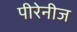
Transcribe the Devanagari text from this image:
पीरेनीज